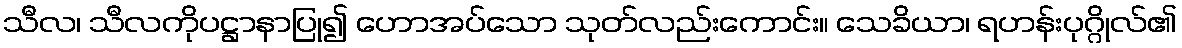
သီလ၊ သီလကိုပဋ္ဌာနာပြု၍ ဟောအပ်သော သုတ်လည်းကောင်း။ သေခိယာ၊ ရဟန်းပုဂ္ဂိုလ်၏